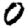
Digit: 0